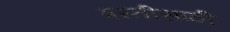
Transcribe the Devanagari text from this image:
बस्तीसाठी